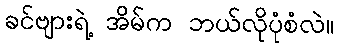
ခင်ဗျားရဲ့ အိမ်က ဘယ်လိုပုံစံလဲ။